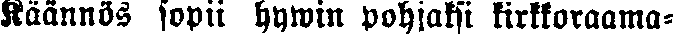
Käännös sopii hywin pohjaksi kirkkoraama-